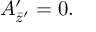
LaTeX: A _ { \bar { z } ^ { \prime } } ^ { \prime } = 0 .